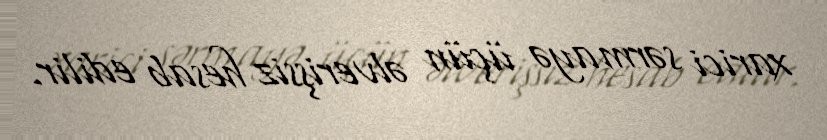
xarici sərmayə üçün əlverişsiz hesab edilir.